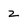
Character: 2